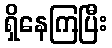
ရှိနေကြပြီး